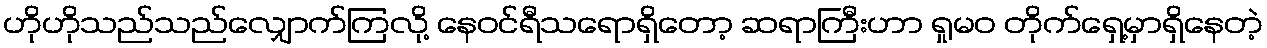
ဟိုဟိုသည်သည်လျှောက်ကြလို့ နေဝင်ရီသရောရှိတော့ ဆရာကြီးဟာ ရှုမဝ တိုက်ရှေ့မှာရှိနေတဲ့